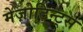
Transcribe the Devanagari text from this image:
मेज़ोटिन्ट्स